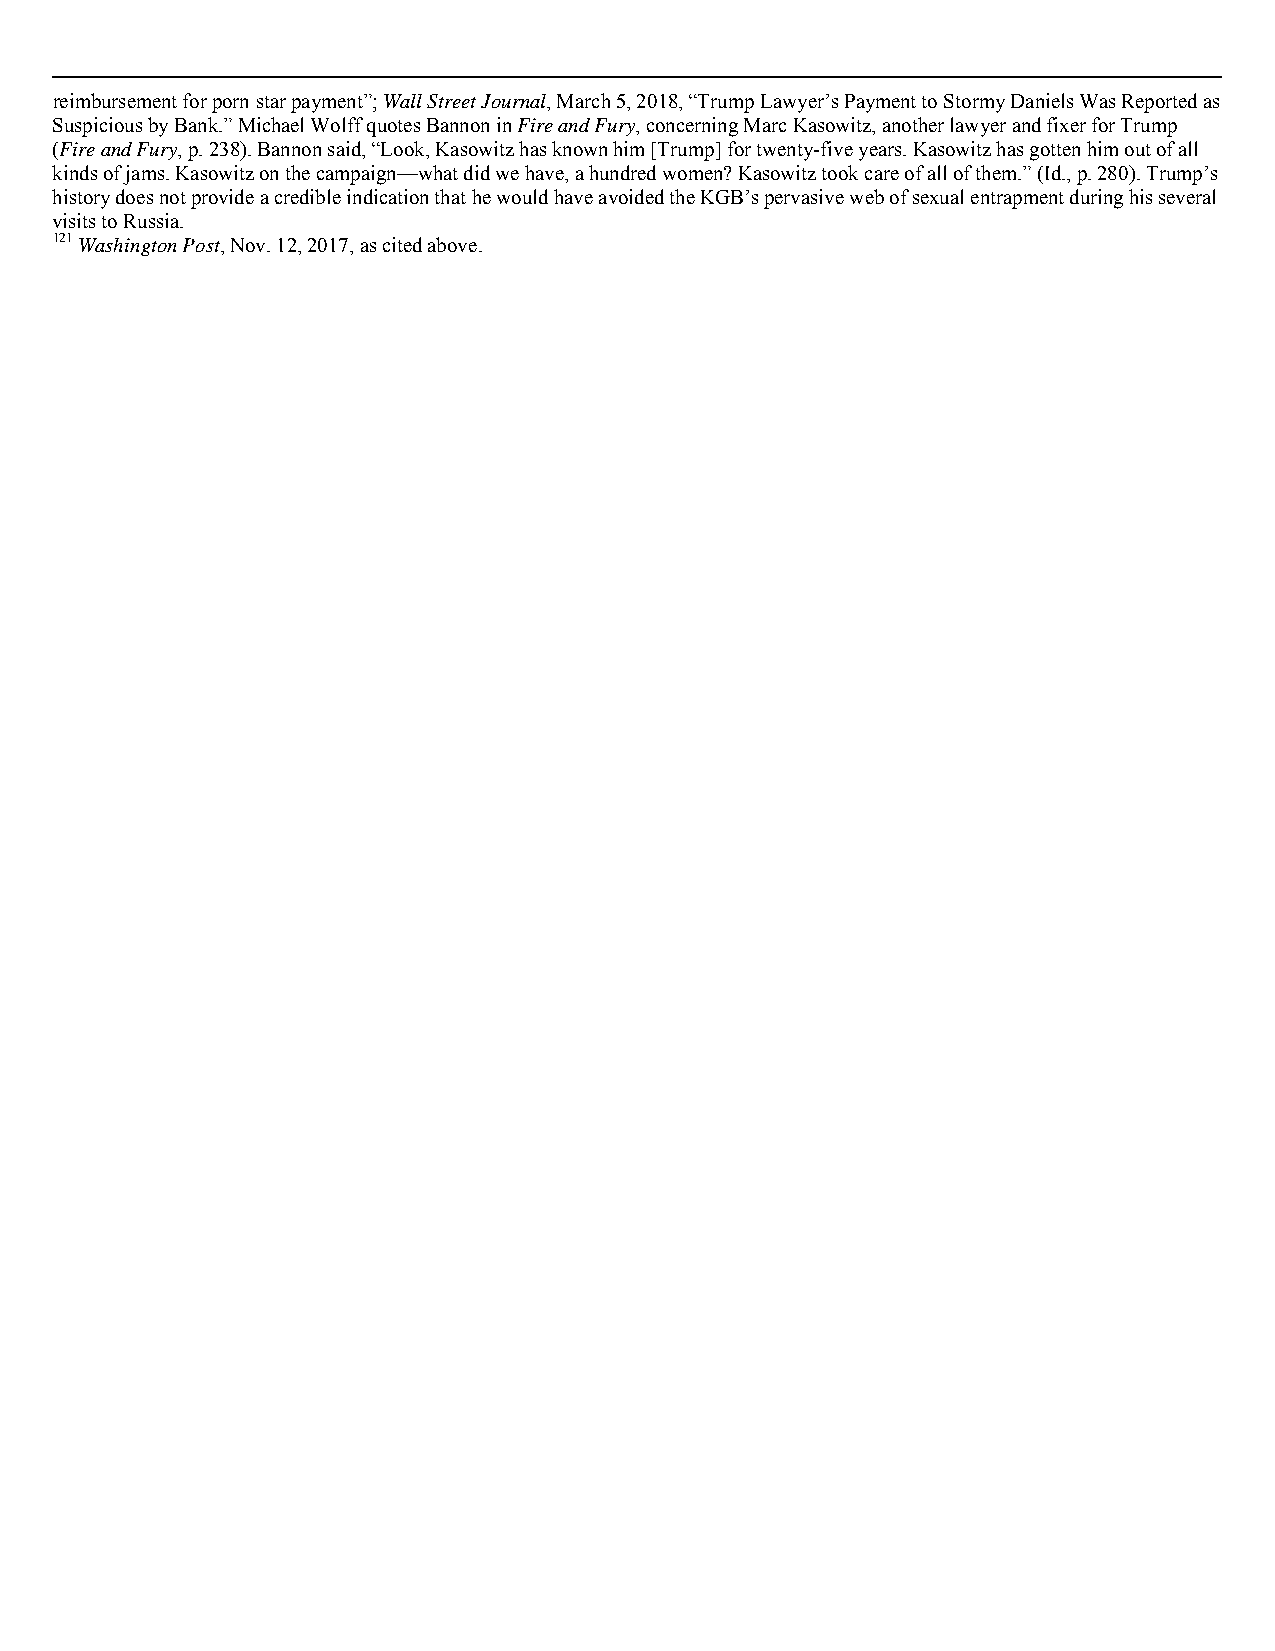
reimbursement for porn star payment”; Wall Street Journal, March 5, 2018, “Trump Lawyer’s Payment to Stormy Daniels Was Reported as
 Suspicious by Bank.” Michael Wolff quotes Bannon in Fire and Fury, concerning Marc Kasowitz, another lawyer and fixer for Trump
 (Fire and Fury, p. 238). Bannon said, “Look, Kasowitz has known him [Trump] for twenty-five years. Kasowitz has gotten him out of all
 kinds of jams. Kasowitz on the campaign—what did we have, a hundred women? Kasowitz took care of all of them.” (Id., p. 280). Trump’s
 history does not provide a credible indication that he would have avoided the KGB’s pervasive web of sexual entrapment during his several
 visits to Russia.
 121 Washington Post, Nov. 12, 2017, as cited above.